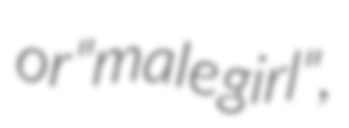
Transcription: or "male girl",